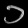
Digit: ၁